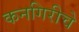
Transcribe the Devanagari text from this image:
कनगिरीचे